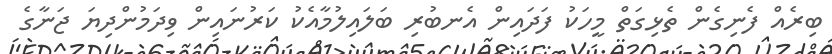
ބިރެއް ފެނިގެން ތެޅިގަތް މީހަކު ފަދައިން އެނބުރި ބަލައިލުމާއެކު ކަރުނައިން ވިދަމުންދިޔަ ޖަނާގެ